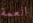
العمة